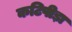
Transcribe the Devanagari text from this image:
कटिपीड़ा